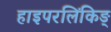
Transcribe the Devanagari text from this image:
हाइपरलिंकिङ्